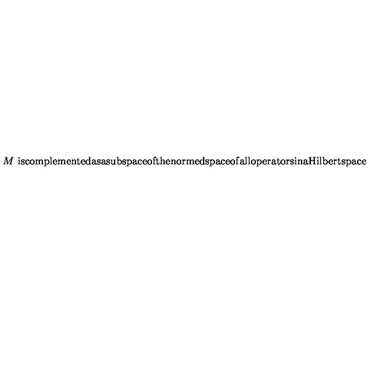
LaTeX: \begin{matrix} { } & { M \ \mathrm { i s c o m p l e m e n t e d a s a s u b s p a c e o f t h e n o r m e d s p a c e o f } } \\ { } & { \mathrm { a l l o p e r a t o r s i n a H i l b e r t s p a c e . } \hfill } \\ \end{matrix}